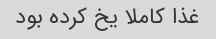
غذا کاملا یخ کرده بود